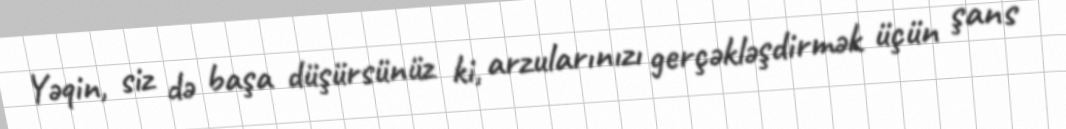
Yəqin, siz də başa düşürsünüz ki, arzularınızı gerçəkləşdirmək üçün şans